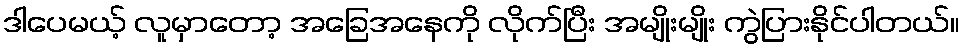
ဒါပေမယ့် လူမှာတော့ အခြေအနေကို လိုက်ပြီး အမျိုးမျိုး ကွဲပြားနိုင်ပါတယ်။